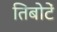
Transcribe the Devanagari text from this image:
तिबोटें